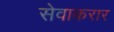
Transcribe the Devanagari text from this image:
सेवाकरार